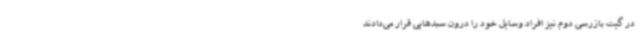
در گیت بازرسی دوم نیز افراد وسایل خود را درون سبدهایی قرار می‌دادند